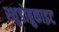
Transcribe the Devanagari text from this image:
स्थुडोब्रुकाइट